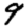
Digit: 9